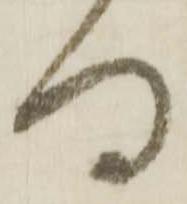
何